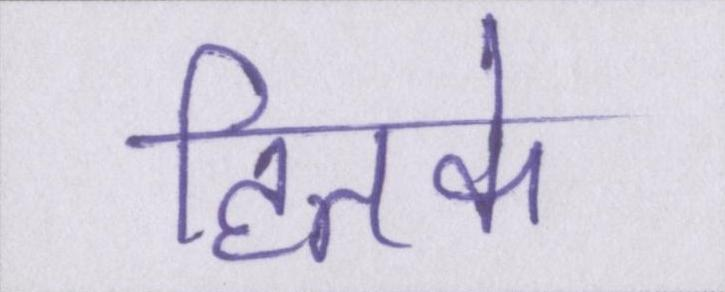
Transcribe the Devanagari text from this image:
हितके